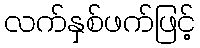
လက်နှစ်ဖက်ဖြင့်